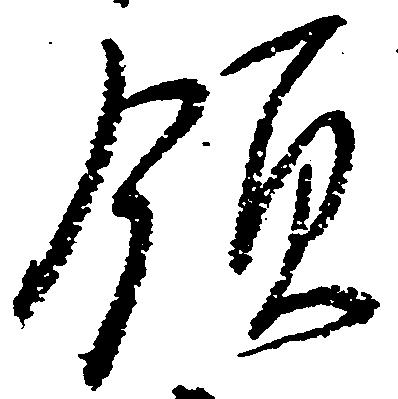
領